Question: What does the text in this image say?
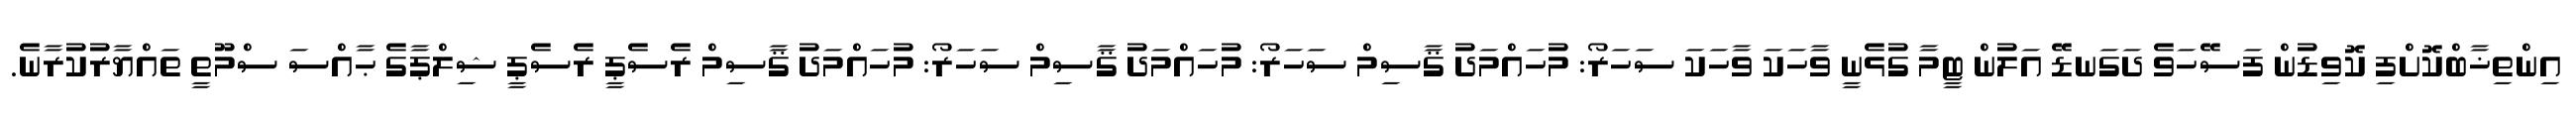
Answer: އިންތިޚާބްކޮށްފި ކޮވިޑުން ފަސޭހަވެ ދަގަނޑޭ އަލުން ޓީމާ ގުޅެނީ ވާހަކަ ވާހަކަ ސަހަރޯ: މުހައްމަދު ޤާސިމް ސަހަރޯ: މުހައްމަދު ޤާސިމް ސަހަރޯ: މުހައްމަދު ޤާސިމް ރެސެޕީ ރެސެޕީ ޝިލްޕާގެ ޙާއްސަ ސްމޫތީ ތައްޔާރުކުރާނެ.